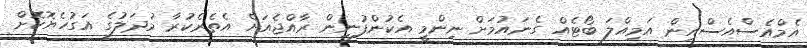
އެމްއެސްއެސްއިން އަމިއްލަ ބޯޓެއް ގެނައުމަށް ނިންމީ އެކުންފުނިން ރާއްޖެއަށް އެތެރެކުރާ މުދަލުގެ އަގުހެޔޮކޮށް